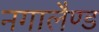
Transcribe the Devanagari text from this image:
नगालैण्ड